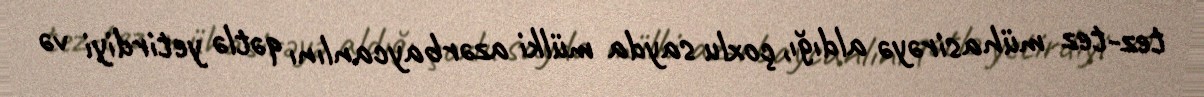
tez-tez mühasirəyə aldığı, çoxlu sayda mülki azərbaycanlını qətlə yetirdiyi və